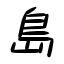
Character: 島